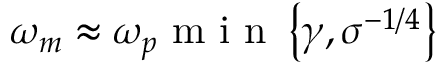
\omega _ { m } \approx \omega _ { p } \mathrm { ~ m ~ i ~ n ~ } \left\lbrace \gamma , \sigma ^ { - 1 / 4 } \right\rbrace